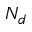
N _ { d }